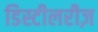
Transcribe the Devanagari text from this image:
डिस्टीलरीज़